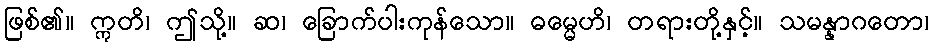
ဖြစ်၏။ ဣတိ၊ ဤသို့။ ဆ၊ ခြောက်ပါးကုန်သော။ ဓမ္မေဟိ၊ တရားတို့နှင့်။ သမန္နာဂတော၊